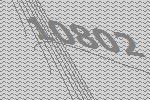
10802